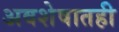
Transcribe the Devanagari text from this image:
अवशेषातही